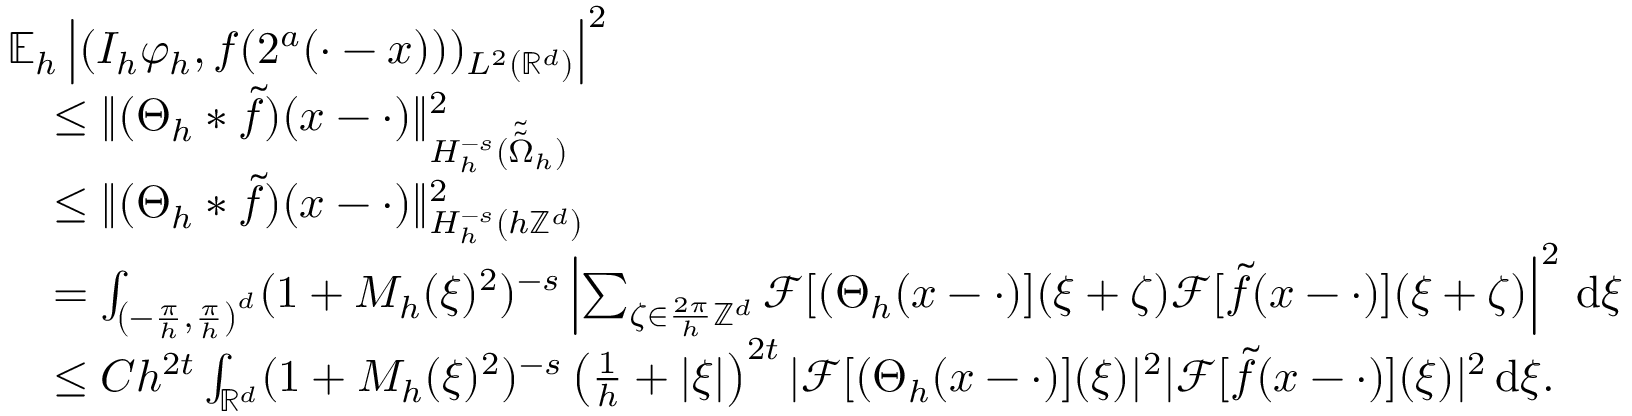
\begin{array} { r l } & { \mathbb { E } _ { h } \left| ( I _ { h } \varphi _ { h } , f ( 2 ^ { a } ( \cdot - x ) ) ) _ { L ^ { 2 } ( \mathbb { R } ^ { d } ) } \right| ^ { 2 } } \\ & { \quad \le \| ( \Theta _ { h } * \tilde { f } ) ( x - \cdot ) \| _ { H _ { h } ^ { - s } ( \tilde { \tilde { \Omega } } _ { h } ) } ^ { 2 } } \\ & { \quad \le \| ( \Theta _ { h } * \tilde { f } ) ( x - \cdot ) \| _ { H _ { h } ^ { - s } ( h \mathbb { Z } ^ { d } ) } ^ { 2 } } \\ & { \quad = \int _ { \left( - \frac { \pi } { h } , \frac { \pi } { h } \right) ^ { d } } ( 1 + M _ { h } ( \xi ) ^ { 2 } ) ^ { - s } \left| \sum _ { \zeta \in \frac { 2 \pi } { h } \mathbb { Z } ^ { d } } \mathcal { F } [ ( \Theta _ { h } ( x - \cdot ) ] ( \xi + \zeta ) \mathcal { F } [ \tilde { f } ( x - \cdot ) ] ( \xi + \zeta ) \right| ^ { 2 } \, \mathrm { d } \xi } \\ & { \quad \le C h ^ { 2 t } \int _ { \mathbb { R } ^ { d } } ( 1 + M _ { h } ( \xi ) ^ { 2 } ) ^ { - s } \left( \frac 1 h + | \xi | \right) ^ { 2 t } | \mathcal { F } [ ( \Theta _ { h } ( x - \cdot ) ] ( \xi ) | ^ { 2 } | \mathcal { F } [ \tilde { f } ( x - \cdot ) ] ( \xi ) | ^ { 2 } \, \mathrm { d } \xi . } \end{array}